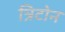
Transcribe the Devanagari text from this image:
त्रिटोन